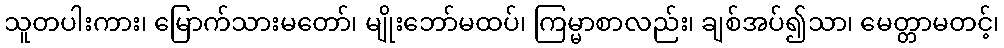
သူတပါးကား၊ မြောက်သားမတော်၊ မျိုးဘော်မထပ်၊ ကြမ္မာစာလည်း၊ ချစ်အပ်၍သာ၊ မေတ္တာမတင့်၊